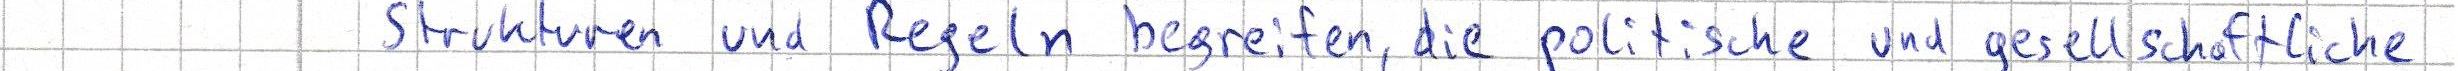
Strukturen und Regeln begreifen, die politische und gesellschaftliche